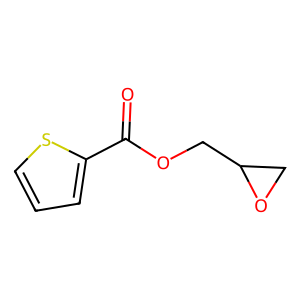
SMILES: O=C(OCC1CO1)c1cccs1
Inhibits HIV replication: No